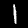
Label: 1